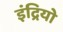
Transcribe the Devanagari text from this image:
इंद्रियो